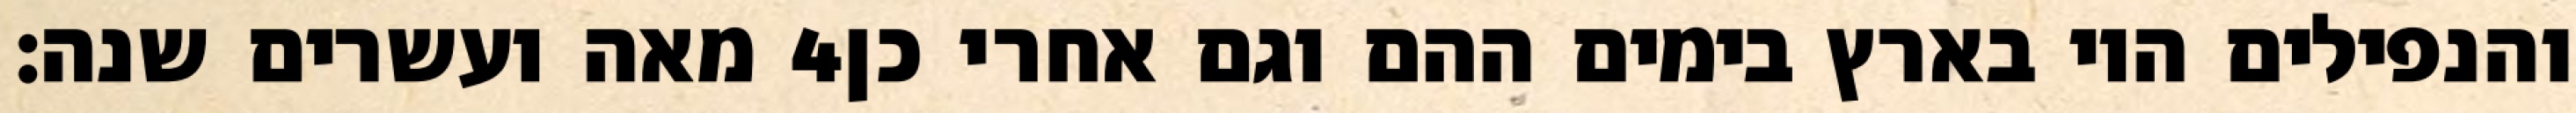
מאה ועשרים שנה׃ ‎4‏ והנפילים היו בארץ בימים ההם וגם אחרי כן